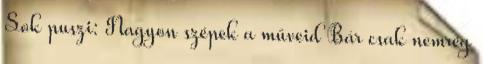
Sok puszi: Nagyon szépek a műveid Bár csak nemrég